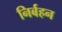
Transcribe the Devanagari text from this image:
निर्बहन